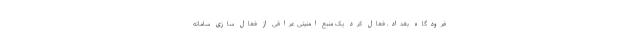
فرودگاه بغداد، فعال کرد یک منبع امنیتی عراقی از فعال سازی سامانه